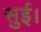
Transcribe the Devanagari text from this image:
सुई।